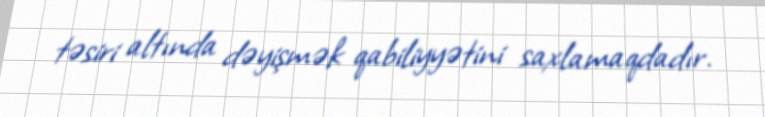
təsiri altında dəyişmək qabiliyyətini saxlamaqdadır.